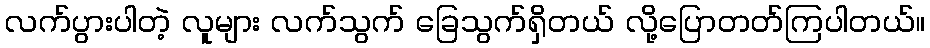
လက်ပွားပါတဲ့ လူများ လက်သွက် ခြေသွက်ရှိတယ် လို့ပြောတတ်ကြပါတယ်။